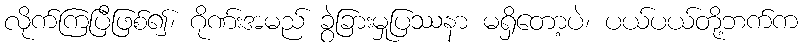
လိုက်ကြပြီဖြစ်၍၊ ဂိုဏ်းအမည် ခွဲခြားမှုပြဿနာ မရှိတော့ပဲ၊ ပယ်ပယ်တို့ဘက်က